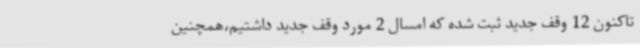
تاکنون 12 وقف جدید ثبت شده که امسال 2 مورد وقف جدید داشتیم،همچنین